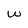
Character: w